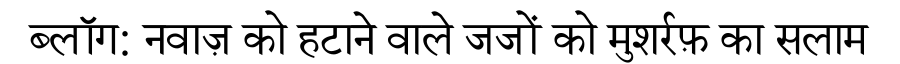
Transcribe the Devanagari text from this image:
ब्लॉग: नवाज़ को हटाने वाले जजों को मुशर्रफ़ का सलाम